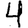
Digit: 4